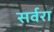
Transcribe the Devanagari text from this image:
सर्वरा